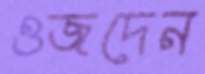
ওজদেন